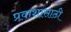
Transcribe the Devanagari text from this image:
प्रवाशासाठी